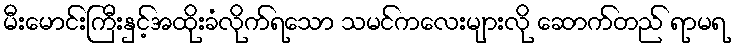
မီးမောင်းကြီးနှင့်အထိုးခံလိုက်ရသော သမင်ကလေးများလို ဆောက်တည် ရာမရ